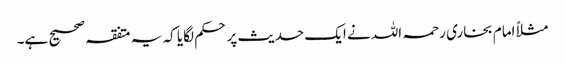
مثلاً امام بخاری رحمہ اللہ نے ایک حدیث پر حکم لگایا کہ یہ متفقہ صحیح ہے۔